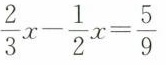
$$\frac{2}{3}x- \frac{1}{2}x= \frac{5}{9}$$